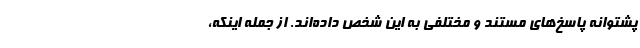
پشتوانه پاسخ‌های مستند و مختلفی به این شخص داده‌اند. از جمله اینکه،